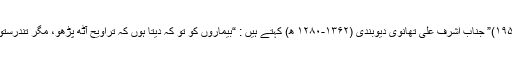
(براھین فاطعہ:۱۹۵)” جناب اشرف علی تھانوی دیوبندی (۱۳۶۲-۱۲۸۰ ھ) کہتے ہیں : “بیماروں کو تو کہ دیتا ہوں کہ تراویح آٹھ پڑھو، مگر تندرستوں کو نہیں کہتا۔